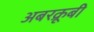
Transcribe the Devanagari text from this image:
अबरक्रूबी